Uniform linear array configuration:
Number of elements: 4
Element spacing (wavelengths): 0.5
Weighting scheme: binomial
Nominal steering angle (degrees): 45
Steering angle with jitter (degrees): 45.119
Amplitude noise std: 0.05
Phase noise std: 0.05

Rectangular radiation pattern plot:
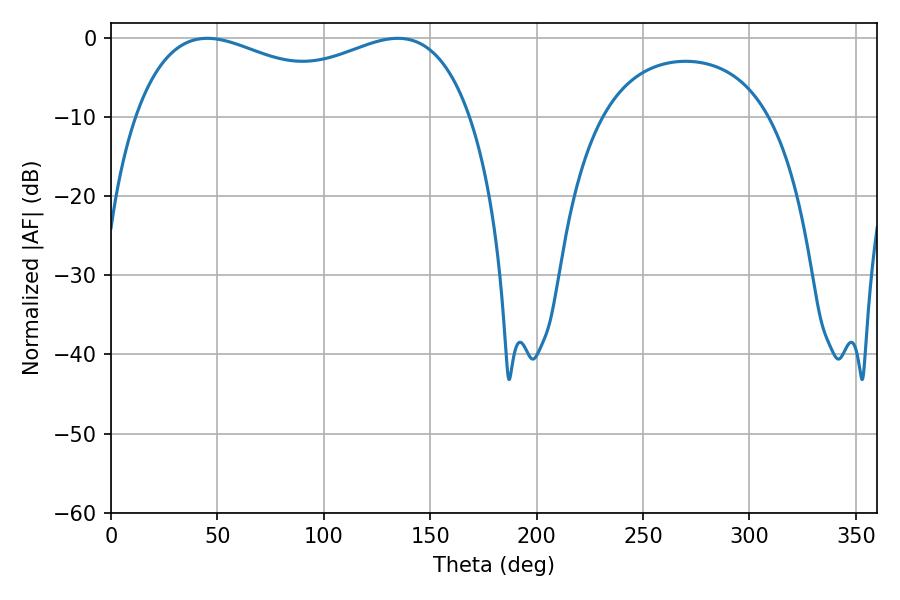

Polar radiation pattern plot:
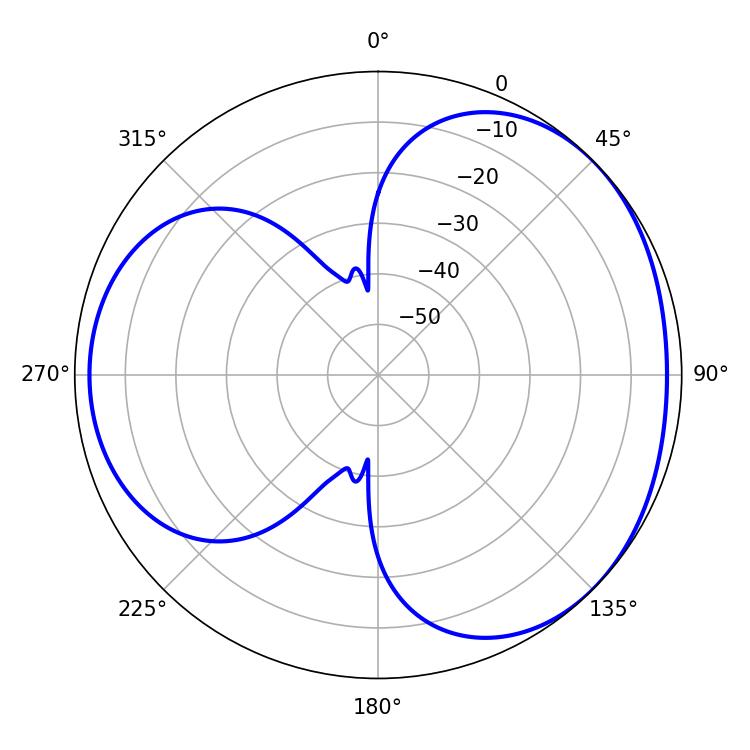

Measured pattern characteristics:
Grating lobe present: FALSE
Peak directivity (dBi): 3.365
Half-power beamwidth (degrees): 130.68
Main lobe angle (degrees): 45.18